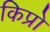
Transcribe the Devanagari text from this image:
किप्रो